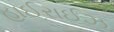
હાઈરાઈઝ